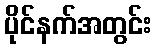
ပိုင်နက်အတွင်း